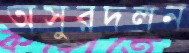
অসুরদলন